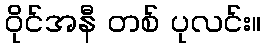
ဝိုင်အနီ တစ် ပုလင်း။